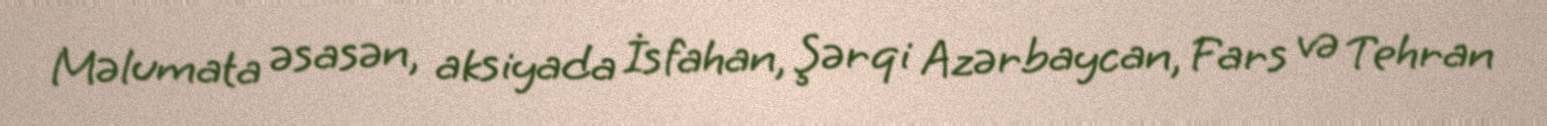
Məlumata əsasən, aksiyada İsfahan, Şərqi Azərbaycan, Fars və Tehran